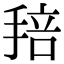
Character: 𢮏